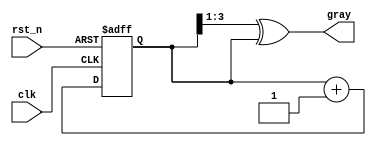
//202322019:14:55
//
// CSDN
module gray_inc
#(
    parameter SIZE=4,   //
    parameter INC=1     //
)
(
    input   wire    clk,
                    rst_n,
    output  reg     [SIZE-1:0]  gray
);
            reg     [SIZE-1:0]  bin;
always @(posedge clk or negedge rst_n) begin//
    if(~rst_n)  
        bin<=0;
    else
        bin<=bin+INC;
end
always @(*) begin
    gray<=(bin>>1)^bin;   
end


endmodule